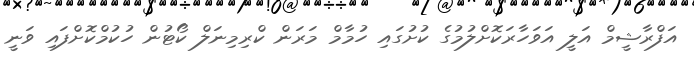
އަފްރާޝީމް އަލީ އަވަހާރަކޮށްލުމުގެ ކުށުގައި ހުމާމް މަރަން ކްރިމިނަލް ކޯޓުން ހުކުމްކޮށްފައި ވަނީ